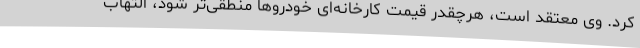
کرد. وی معتقد است، هرچقدر قیمت کارخانه‌ای خودروها منطقی‌تر شود، التهاب